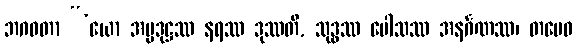
ဘဂဝတာ “‘ယော အပ္ပဒုဋ္ဌဿ နရဿ ဒုဿတိ, သုဒ္ဓဿ ပေါသဿ အနင်္ဂဏဿ၊ တမေဝ